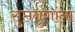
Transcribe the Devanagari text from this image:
सुप्तगुणांना